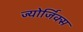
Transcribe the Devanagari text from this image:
ज्योर्जिक्स